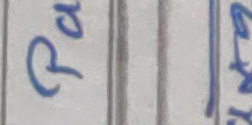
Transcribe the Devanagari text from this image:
Q २